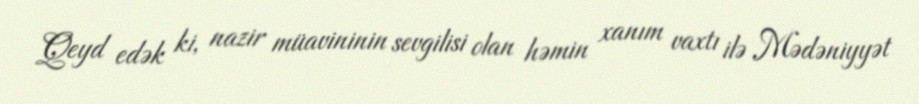
Qeyd edək ki, nazir müavininin sevgilisi olan həmin xanım vaxtı ilə Mədəniyyət